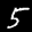
Label: 5